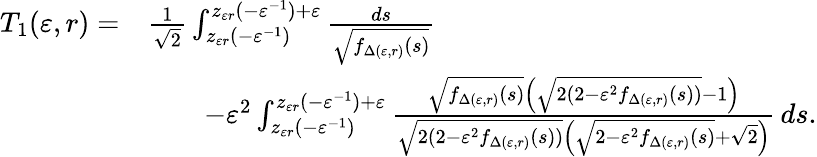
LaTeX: \begin{array}{rl}{T_{1}(\varepsilon,r)=}&{\frac{1}{\sqrt 2}\int_{z_{\varepsilon r}(-\varepsilon^{-1})}^{z_{\varepsilon r}(-\varepsilon^{-1})+\varepsilon}\frac{ds}{\sqrt{f_{\Delta(\varepsilon,r)}(s)}}}\\ &{\qquad-\varepsilon^{2}\int_{z_{\varepsilon r}(-\varepsilon^{-1})}^{z_{\varepsilon r}(-\varepsilon^{-1})+\varepsilon}\frac{\sqrt{f_{\Delta(\varepsilon,r)}(s)}\left(\sqrt{2(2-\varepsilon^{2}f_{\Delta(\varepsilon,r)}(s))}-1\right)}{\sqrt{2(2-\varepsilon^{2}f_{\Delta(\varepsilon,r)}(s))}\left(\sqrt{2-\varepsilon^{2}f_{\Delta(\varepsilon,r)}(s)}+\sqrt 2\right)}\, ds.}\end{array}